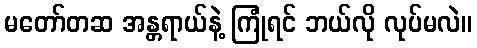
မတော်တဆ အန္တရာယ်နဲ့ ကြုံရင် ဘယ်လို လုပ်မလဲ။